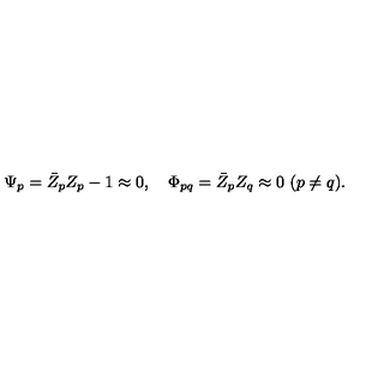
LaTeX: \Psi _ { p } = \bar { Z } _ { p } Z _ { p } - 1 \approx 0 , \quad \Phi _ { p q } = \bar { Z } _ { p } Z _ { q } \approx 0 \ ( p \neq q ) .